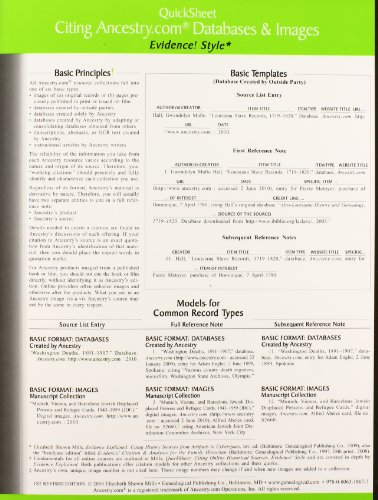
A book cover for Quicksheet Citing Ancestry.com Databases & Images; Elizabeth Shown Mills; Reference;